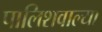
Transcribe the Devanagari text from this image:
पालिशवाल्या